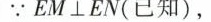
∵EM⊥EN(已知)，